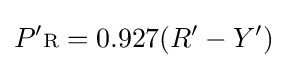
P'{\scriptstyle {\text{R}}}=0.927(R'-Y')